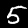
Label: 5